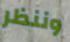
وننظر